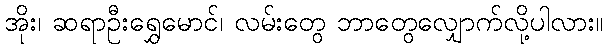
အိုး၊ ဆရာဦးရွှေမောင်၊ လမ်းတွေ ဘာတွေလျှောက်လို့ပါလား။